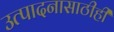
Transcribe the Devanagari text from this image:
उत्पादनासाठीही